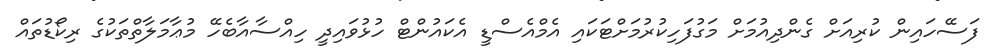
ފަސޭހައިން ކުރިއަށް ގެންދިއުމަށް މަގުފަހިކުރުމަށްޓަކައި އެމްއެސްޑީ އެކައުންޓް ހުޅުވައިދީ ހިއްސާއާބެހޭ މުޢާމަލާތްތަކުގެ ރިކޯޑުތައް